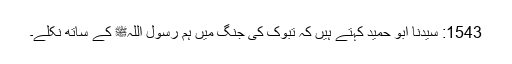
1543: سیدنا ابو حمیدؓ کہتے ہیں کہ تبوک کی جنگ میں ہم رسول اللہﷺ کے ساتھ نکلے۔